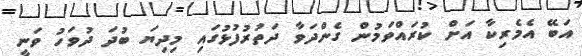
އަބޭ އެމެރިކާ އަށް ކުރައްވަމުން ގެންދަވާ ދަތުރުފުޅުގައި މިދިޔަ ބުދަ ދުވަހު ވަނީ